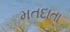
મતદાતા